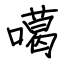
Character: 噶